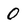
Character: 0